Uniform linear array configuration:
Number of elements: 8
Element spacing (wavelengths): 1
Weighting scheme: uniform
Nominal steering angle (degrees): -60
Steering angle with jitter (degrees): -60.953
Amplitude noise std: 0.05
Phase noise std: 0.05

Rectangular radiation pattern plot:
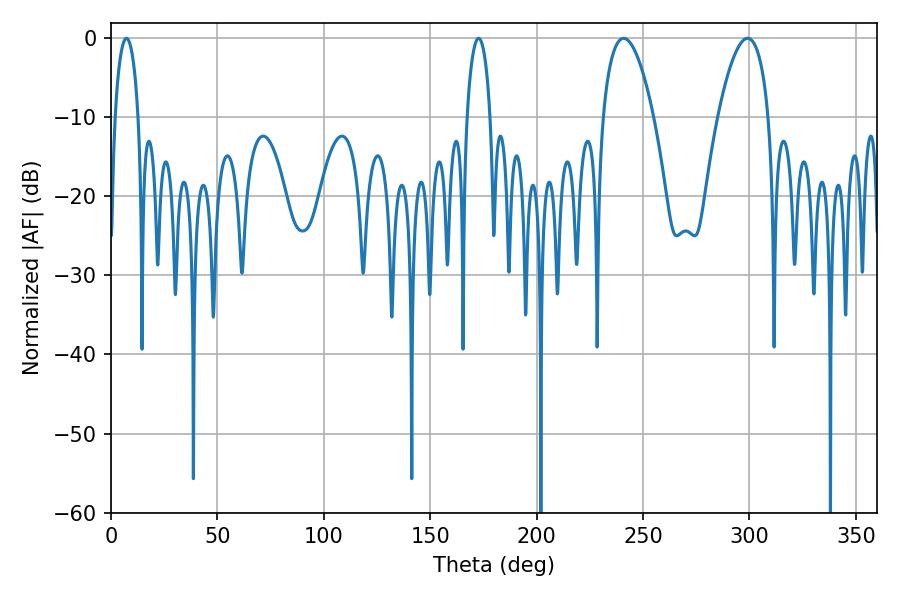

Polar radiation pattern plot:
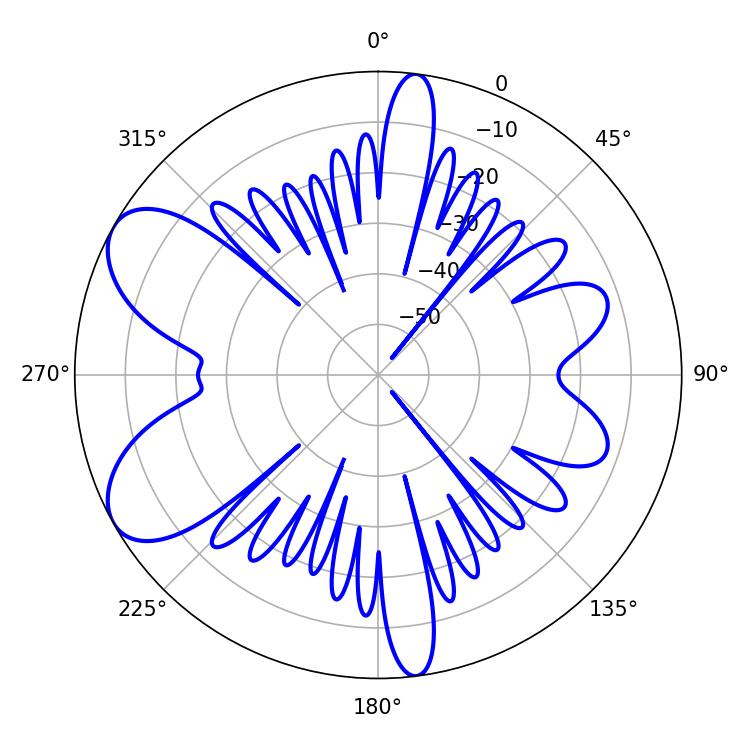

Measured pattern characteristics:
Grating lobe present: TRUE
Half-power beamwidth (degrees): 13.32
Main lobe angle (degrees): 240.84